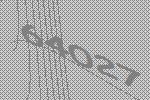
64027